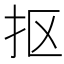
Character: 抠